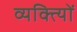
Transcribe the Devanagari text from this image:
व्यक्त्याेिं